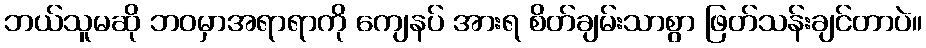
ဘယ်သူမဆို ဘဝမှာအရာရာကို ကျေနပ် အားရ စိတ်ချမ်းသာစွာ ဖြတ်သန်းချင်တာပဲ။